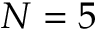
N = 5